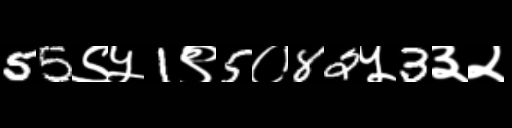
Text: 55९५1९5०82५3३२